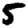
Digit: 5